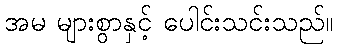
အမ များစွာနှင့် ပေါင်းသင်းသည်။